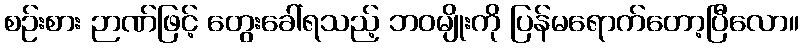
စဉ်းစား ဉာဏ်ဖြင့် တွေးခေါ်ရသည့် ဘဝမျိုးကို ပြန်မရောက်တော့ပြီလော။